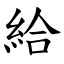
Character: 給